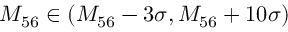
M _ { 5 6 } \in ( M _ { 5 6 } - 3 \sigma , M _ { 5 6 } + 1 0 \sigma )